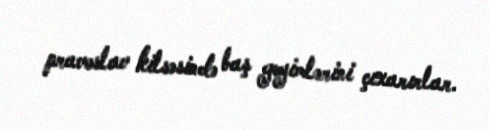
pravoslav kilsəsində baş geyimlərini çıxarırlar.